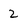
Character: 2